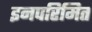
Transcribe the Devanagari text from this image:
इनपरिमित